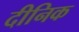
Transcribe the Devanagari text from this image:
दीनिक